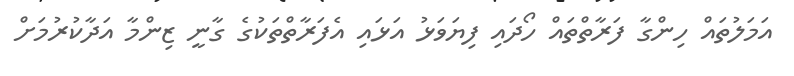
އަމަލުތައް ހިންގާ ފަރާތްތައް ހޯދައި ފިޔަވަޅު އަޅައި އެފަރާތްތަކުގެ ގާނީ ޒިންމާ އަދާކުރުމަށް